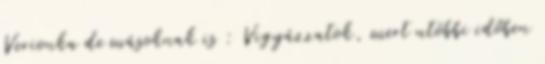
Verionka de másoknak is : Vigyázzatok, mert utóbbi időben